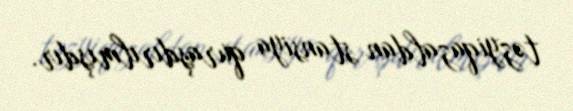
təzyiqazaldan stansiya quraşdırılmışdır.